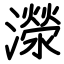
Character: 濴